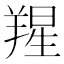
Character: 𦎬